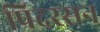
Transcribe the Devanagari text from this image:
पिदरसन